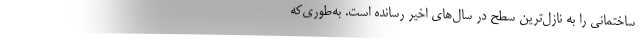
ساختمانی را به نازل‌ترین سطح در سال‌های اخیر رسانده است. به‌طوری‌که